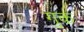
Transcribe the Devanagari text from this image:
गुक